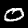
Label: 0